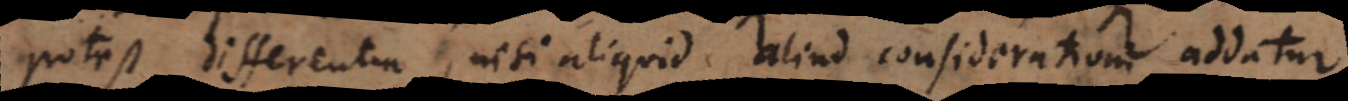
potest differentia, nisi aliquid aliud considerationi addatur.